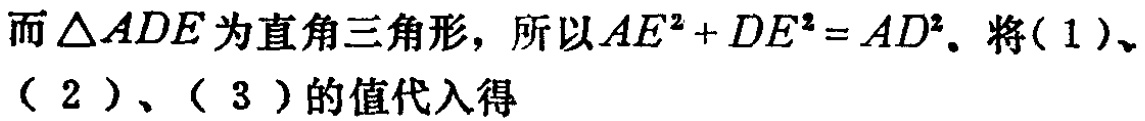
而\(\triangle ADE\)为直角三角形，所以\(AE^{2}+DE^{2}=AD^{2}\)。将( 1 )、( 2 )、( 3 )的值代入得